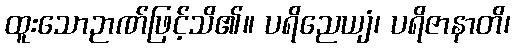
ထူးသောဉာဏ်ဖြင့်သိ၏။ ပရိညေယျံ၊ ပရိဇာနာတိ၊